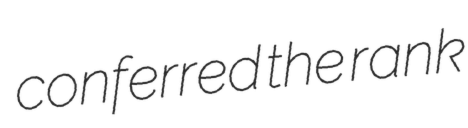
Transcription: conferred the rank